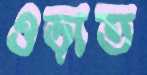
ওড়াত